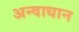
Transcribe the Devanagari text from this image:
अन्वाधान